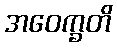
အဝေက္ခတိ